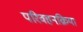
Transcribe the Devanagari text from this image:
परिवहनक्रिया